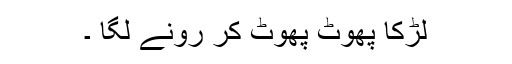
لڑکا پھوٹ پھوٹ کر رونے لگا ۔